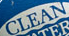
CLEAN